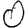
Digit: 0